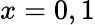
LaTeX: x=0,1